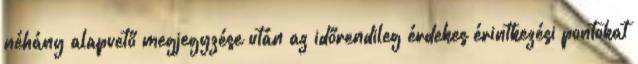
néhány alapvető megjegyzése után az időrendileg érdekes érintkezési pontokat